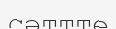
сәттте